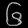
Digit: ၆